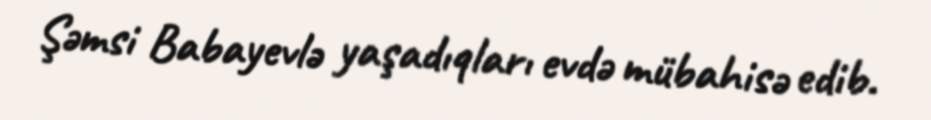
Şəmsi Babayevlə yaşadıqları evdə mübahisə edib.